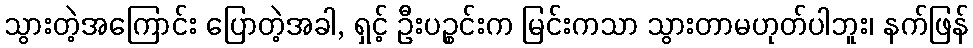
သွားတဲ့အကြောင်း ပြောတဲ့အခါ, ရှင့် ဦးပဉ္စင်းက မြင်းကသာ သွားတာမဟုတ်ပါဘူး၊ နက်ဖြန်